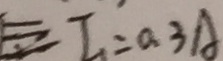
E I _ { 1 } = 0 . 3 A